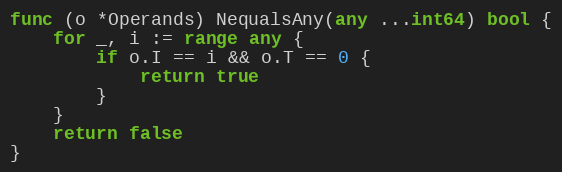
Language: Go
func (o *Operands) NequalsAny(any ...int64) bool {
	for _, i := range any {
		if o.I == i && o.T == 0 {
			return true
		}
	}
	return false
}